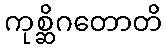
ကုစ္ဆိဂတောတိ